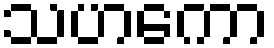
သဟကော